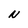
Character: N